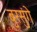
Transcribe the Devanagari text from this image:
बुरसुंगे